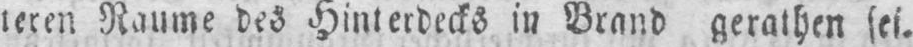
teren Räume des Hinterdecks in Brand gerathen sei.